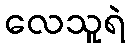
လေသူရဲ